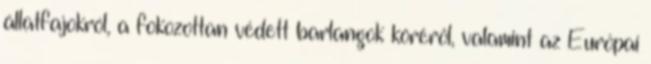
állatfajokról, a fokozottan védett barlangok köréről, valamint az Európai